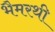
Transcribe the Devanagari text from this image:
भैमरथी